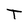
Character: T